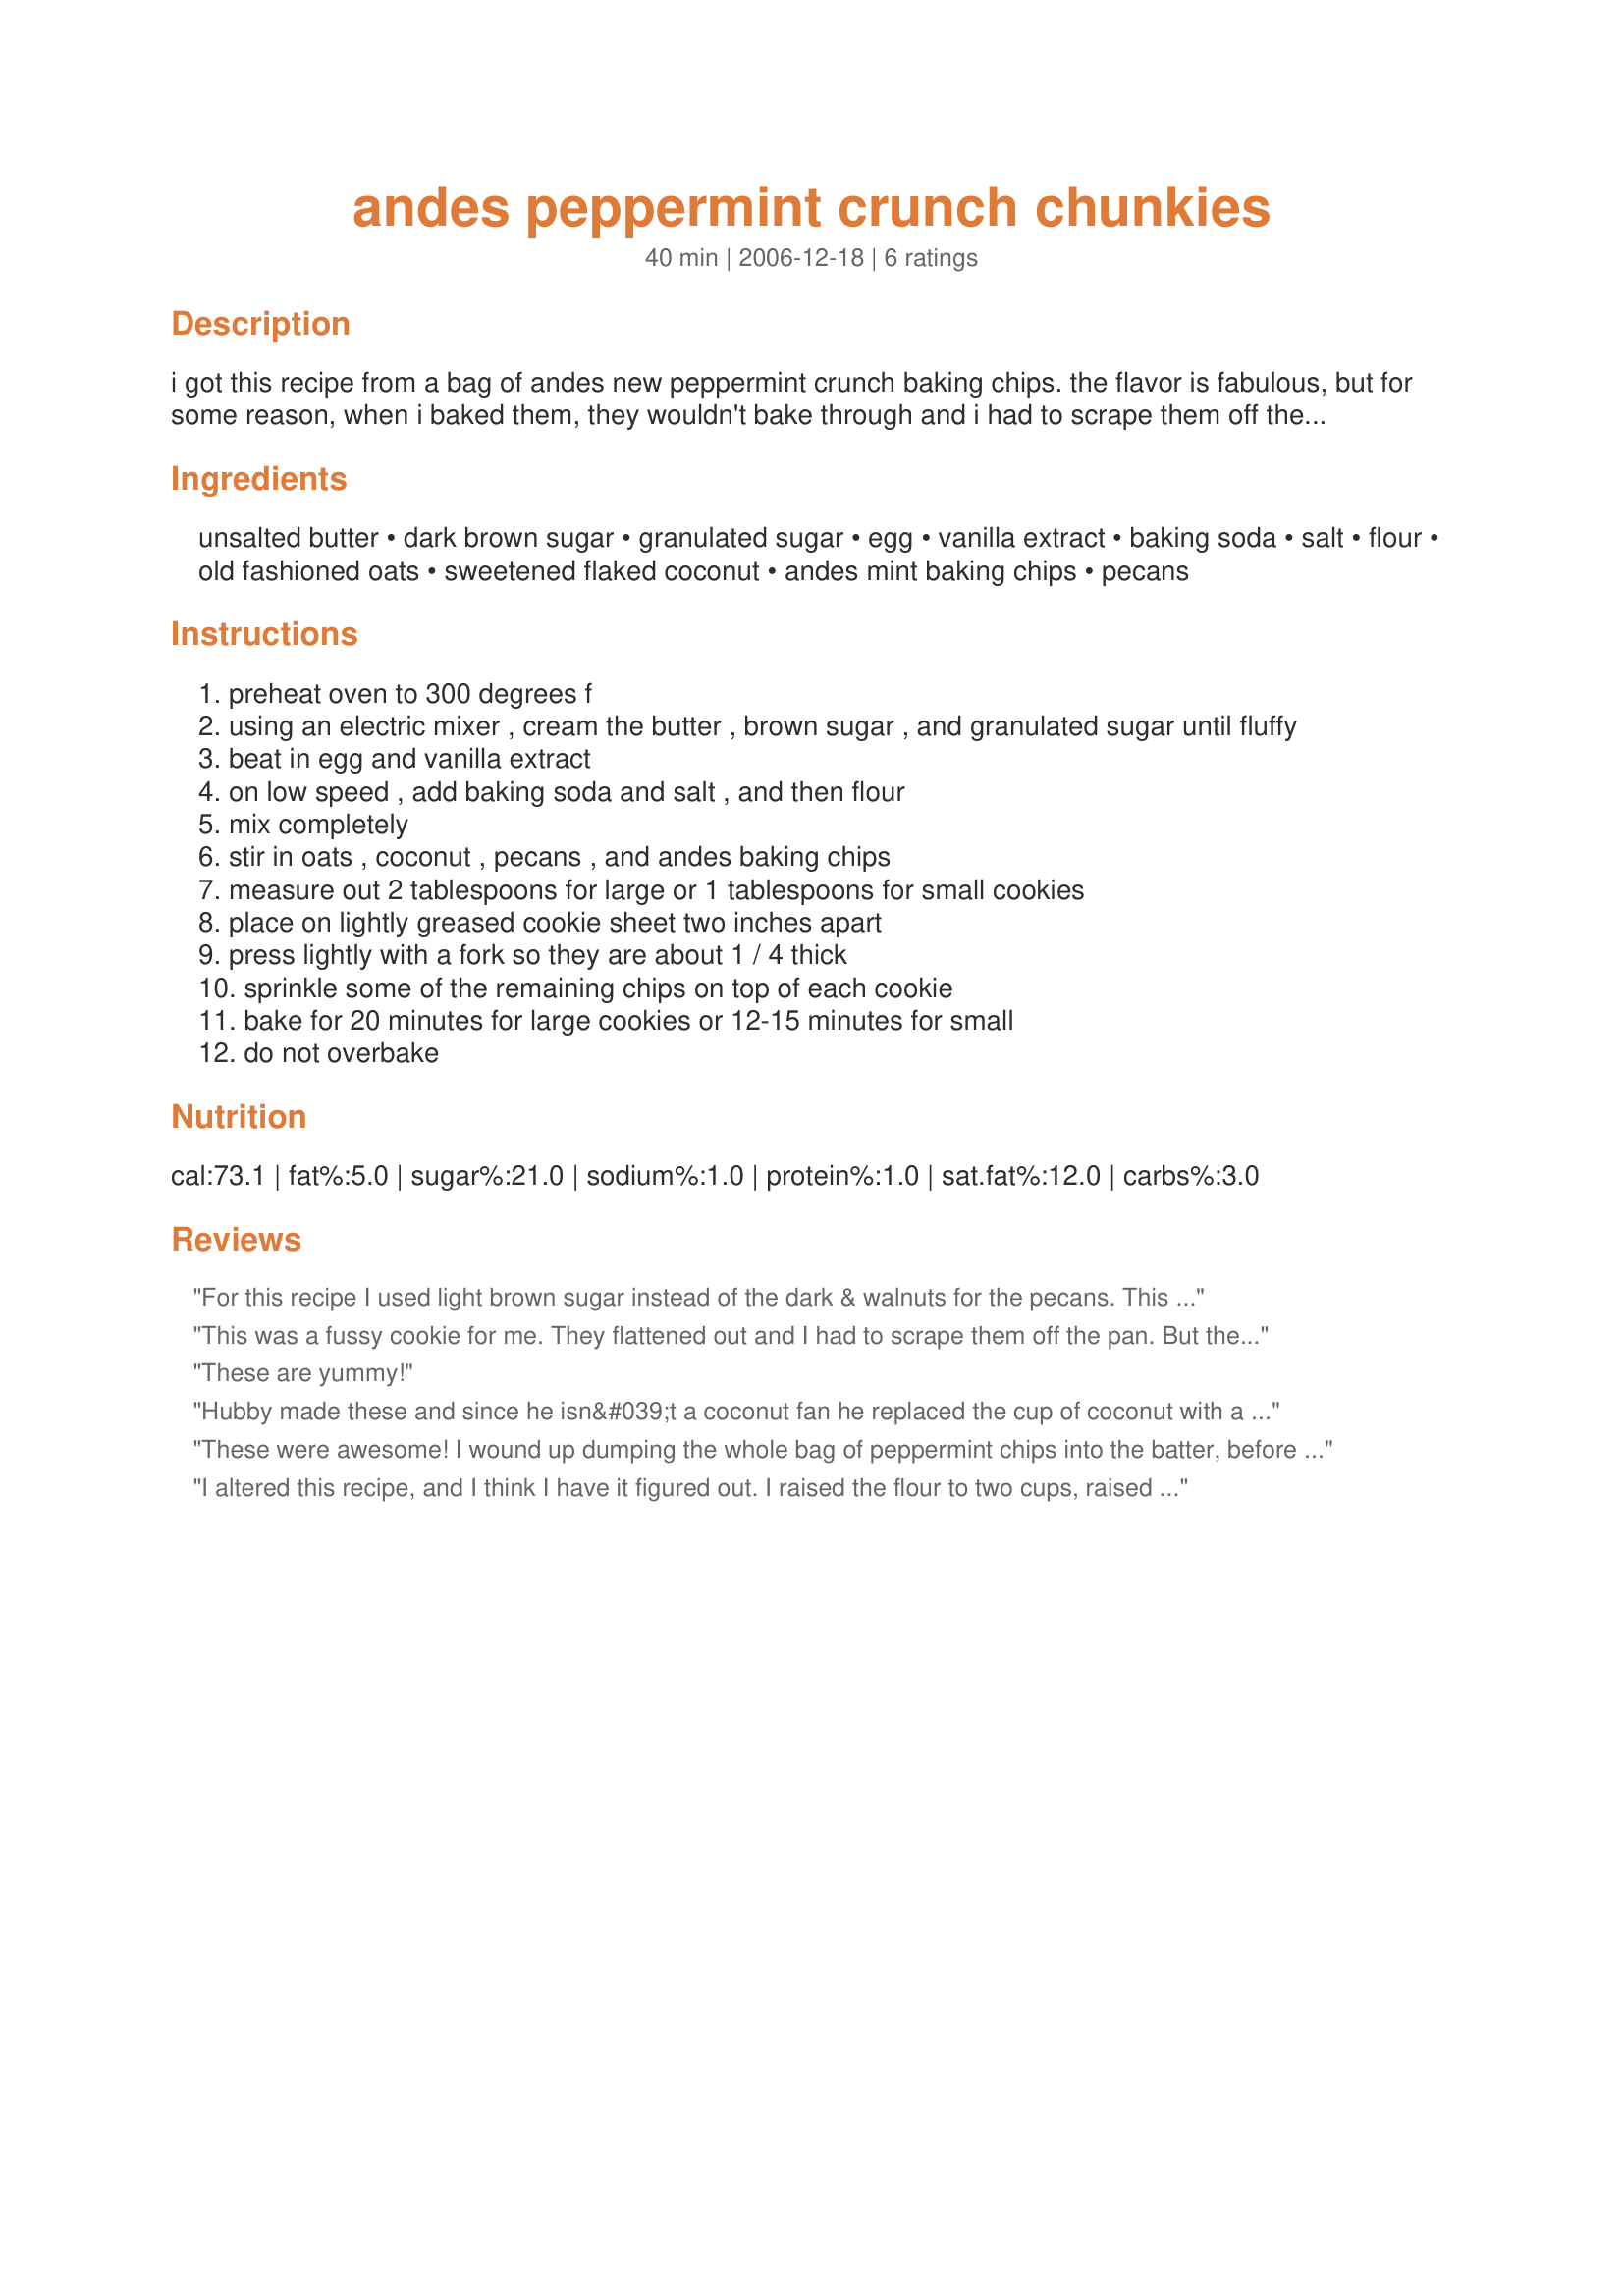
andes peppermint crunch chunkies
Preparation time: 40 minutes

i got this recipe from a bag of andes new peppermint crunch baking chips. the flavor is fabulous, but for some reason, when i baked them, they wouldn't bake through and i had to scrape them off the cookie sheets. they ended up being tasty, slightly chewy blobs... perhaps someone will be brave enough to try this or to help me figure out how to fix the recipe?

Ingredients:
unsalted butter, dark brown sugar, granulated sugar, egg, vanilla extract, baking soda, salt, flour, old fashioned oats, sweetened flaked coconut, andes mint baking chips, pecans

Steps:
preheat oven to 300 degrees f
using an electric mixer , cream the butter , brown sugar , and granulated sugar until fluffy
beat in egg and vanilla extract
on low speed , add baking soda and salt , and then flour
mix completely
stir in oats , coconut , pecans , and andes baking chips
measure out 2 tablespoons for large or 1 tablespoons for small cookies
place on lightly greased cookie sheet two inches apart
press lightly with a fork so they are about 1 / 4 thick
sprinkle some of the remaining chips on top of each cookie
bake for 20 minutes for large cookies or 12-15 minutes for small
do not overbake

Reviews:
For this recipe I used light brown sugar instead of the dark & walnuts for the pecans. This has to be the BEST cookie I've ever eaten, not kidding. The falimy LOVED these. Can't wait to make more. It's a keeper for sure!!!
This was a fussy cookie for me. They flattened out and I had to scrape them off the pan. But they taste really good.
These are yummy!
Hubby made these and since he isn&#039;t a coconut fan he replaced the cup of coconut with a cup of white chocolate chips. I took them to work with other holiday treats and my boss and coworker LOVED these the best!!!
These were awesome! I wound up dumping the whole bag of peppermint chips into the batter, before I realized it said to save some for the tops. Didn't hurt! For easier cleanup, etc., I'd suggest lining your baking sheets with parchment paper. I did, and they did beautifully. No, sticking, and clean-up was a breeze! A definite keeper.
I altered this recipe, and I think I have it figured out. I raised the flour to two cups, raised the baking soda to 1 tsp, I raised the temperature to 330F, and baked them for 13 minutes. They are slightly crunchy this way. The next batch, I will cut the brown sugar to 1/2 cup, and these are extremely sweet. Also, I didn't grease the cookie sheet, as there is two sticks of butter in this recipe. I used rounded tablespoons for the size. My husband, the cookie guru, says that these are wonderful. Thank you for the recipe
